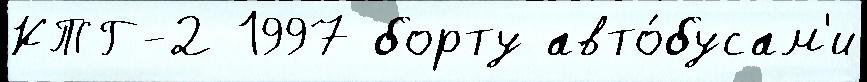
КТГ-2 1997 борту авто́бусам'и